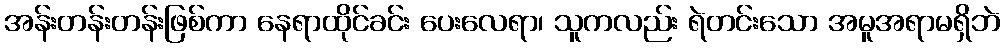
အန်းတန်းတန်းဖြစ်ကာ နေရာထိုင်ခင်း ပေးလေရာ၊ သူကလည်း ရဲတင်းသော အမူအရာမရှိဘဲ